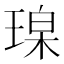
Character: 𪻼